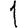
Digit: 1